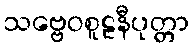
သဗ္ဗေဝစူဠနီပုတ္တာ